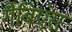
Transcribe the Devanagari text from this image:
गैबिएंस